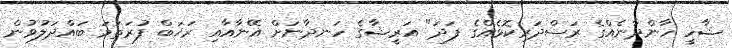
ޝާހީ ހާންދާނެއްގެ ރަސްދަރިކޮޅެއްގެ ފަދަ" އަރީޝާގެ ހަނދާނަށް އޭނާއާއި ރަޚަބް ފުރަތަމަ ބައްދަލުވުން